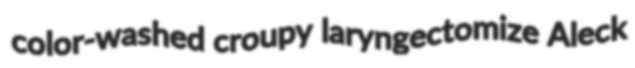
color-washed croupy laryngectomize Aleck